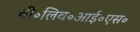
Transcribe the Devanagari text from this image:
बी॰लिव॰आई॰एस॰